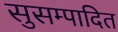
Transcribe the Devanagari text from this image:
सुसम्पादित